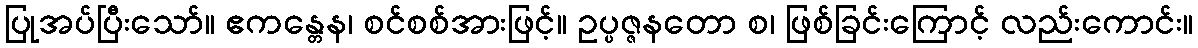
ပြုအပ်ပြီးသော်။ ဧကန္တေန၊ စင်စစ်အားဖြင့်။ ဥပ္ပဇ္ဇနတော စ၊ ဖြစ်ခြင်းကြောင့် လည်းကောင်း။